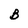
Character: B